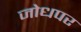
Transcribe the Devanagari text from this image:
जोधपर